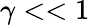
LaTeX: \gamma<<1